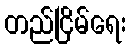
တည်ငြိမ်ရေး